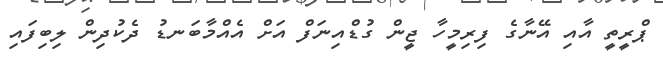
ޕްރީތީ އާއި އޭނާގެ ފިރިމީހާ ޖީން ގުޑްއިނަފް އަށް އެއްމާބަނޑު ދެކުދިން ލިބިފައި